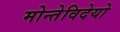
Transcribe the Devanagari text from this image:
मोन्तेविदेयो